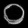
Digit: ၀